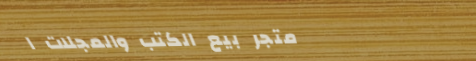
متجر بيع الكتب والمجلات ا